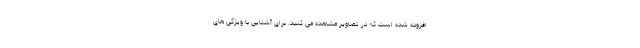
افزوده شده است که در تصاویر مشاهده می کنید. برای آشنایی با ویژگی های